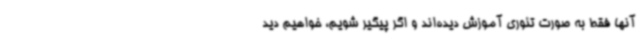
آنها فقط به صورت تئوری آموزش دیده‌اند و اگر پیگیر شویم، خواهیم دید